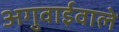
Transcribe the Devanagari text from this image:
अगुवाईवाले